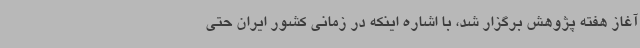
آغاز هفته پژوهش برگزار شد، با اشاره اینکه در زمانی کشور ایران حتی